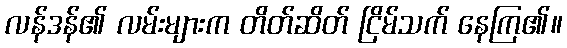
လန်ဒန်၏ လမ်းများက တိတ်ဆိတ် ငြိမ်သက် နေကြ၏။